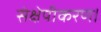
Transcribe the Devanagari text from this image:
संक्षेपीकरण।